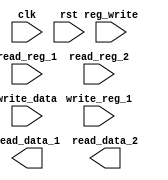
`timescale 1ns / 1ps
//////////////////////////////////////////////////////////////////////////////////
// Company: 
// Engineer: 
// 
// Design Name: 
// Module Name: RegisterFile
// Project Name: 
// Target Devices: 
// Tool Versions: 
// Description: 
// 
// Dependencies: 
// 
// Revision:
// Revision 0.01 - File Created
// Additional Comments:
// 
//////////////////////////////////////////////////////////////////////////////////

// 13 general purpose
// 1 link register

`define NUM_REG 16
`define INSTRUCTION_SIZE 32


module RegisterFile(
    input clk,
    input rst,
    input reg_write,
    input [`INSTRUCTION_SIZE-1: 0]read_reg_1,
    input [`INSTRUCTION_SIZE-1: 0]read_reg_2,
    input [`INSTRUCTION_SIZE-1: 0]write_reg_1,
    input [`INSTRUCTION_SIZE-1: 0]write_data,
    
    output reg[`INSTRUCTION_SIZE-1: 0]read_data_1,
    output reg[`INSTRUCTION_SIZE-1: 0]read_data_2
    );
    
    integer i; // for iterator
    
    // 16 registers 32 bit wide
    reg [`INSTRUCTION_SIZE-1: 0]reg_mem[`NUM_REG-1: 0];
    
endmodule